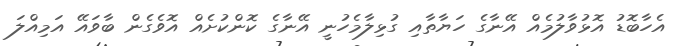
އެހާބޮޑު އޮޅުވާލުމެއް އޭނާގެ ހަޔާތާއި ގުޅިލާމެހުނީ އޭނާގެ ކޮންކުށެއް އޮވެގެން ބާވައޭ އަމިއްލަ